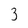
Character: 3